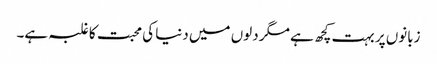
زبانوں پر بہت کچھ ہے مگر دلوں میں دنیا کی محبت کا غلبہ ہے۔